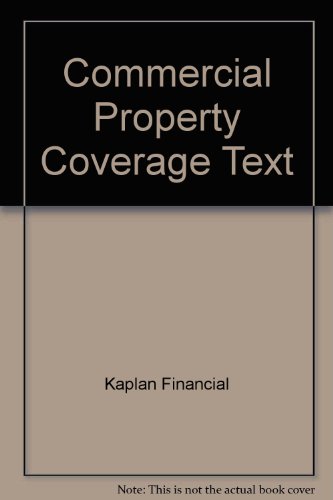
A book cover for Commercial Property Coverage Text; Kaplan Financial; Business & Money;